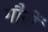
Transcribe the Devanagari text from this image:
गौसें